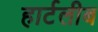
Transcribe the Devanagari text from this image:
हार्टलीब